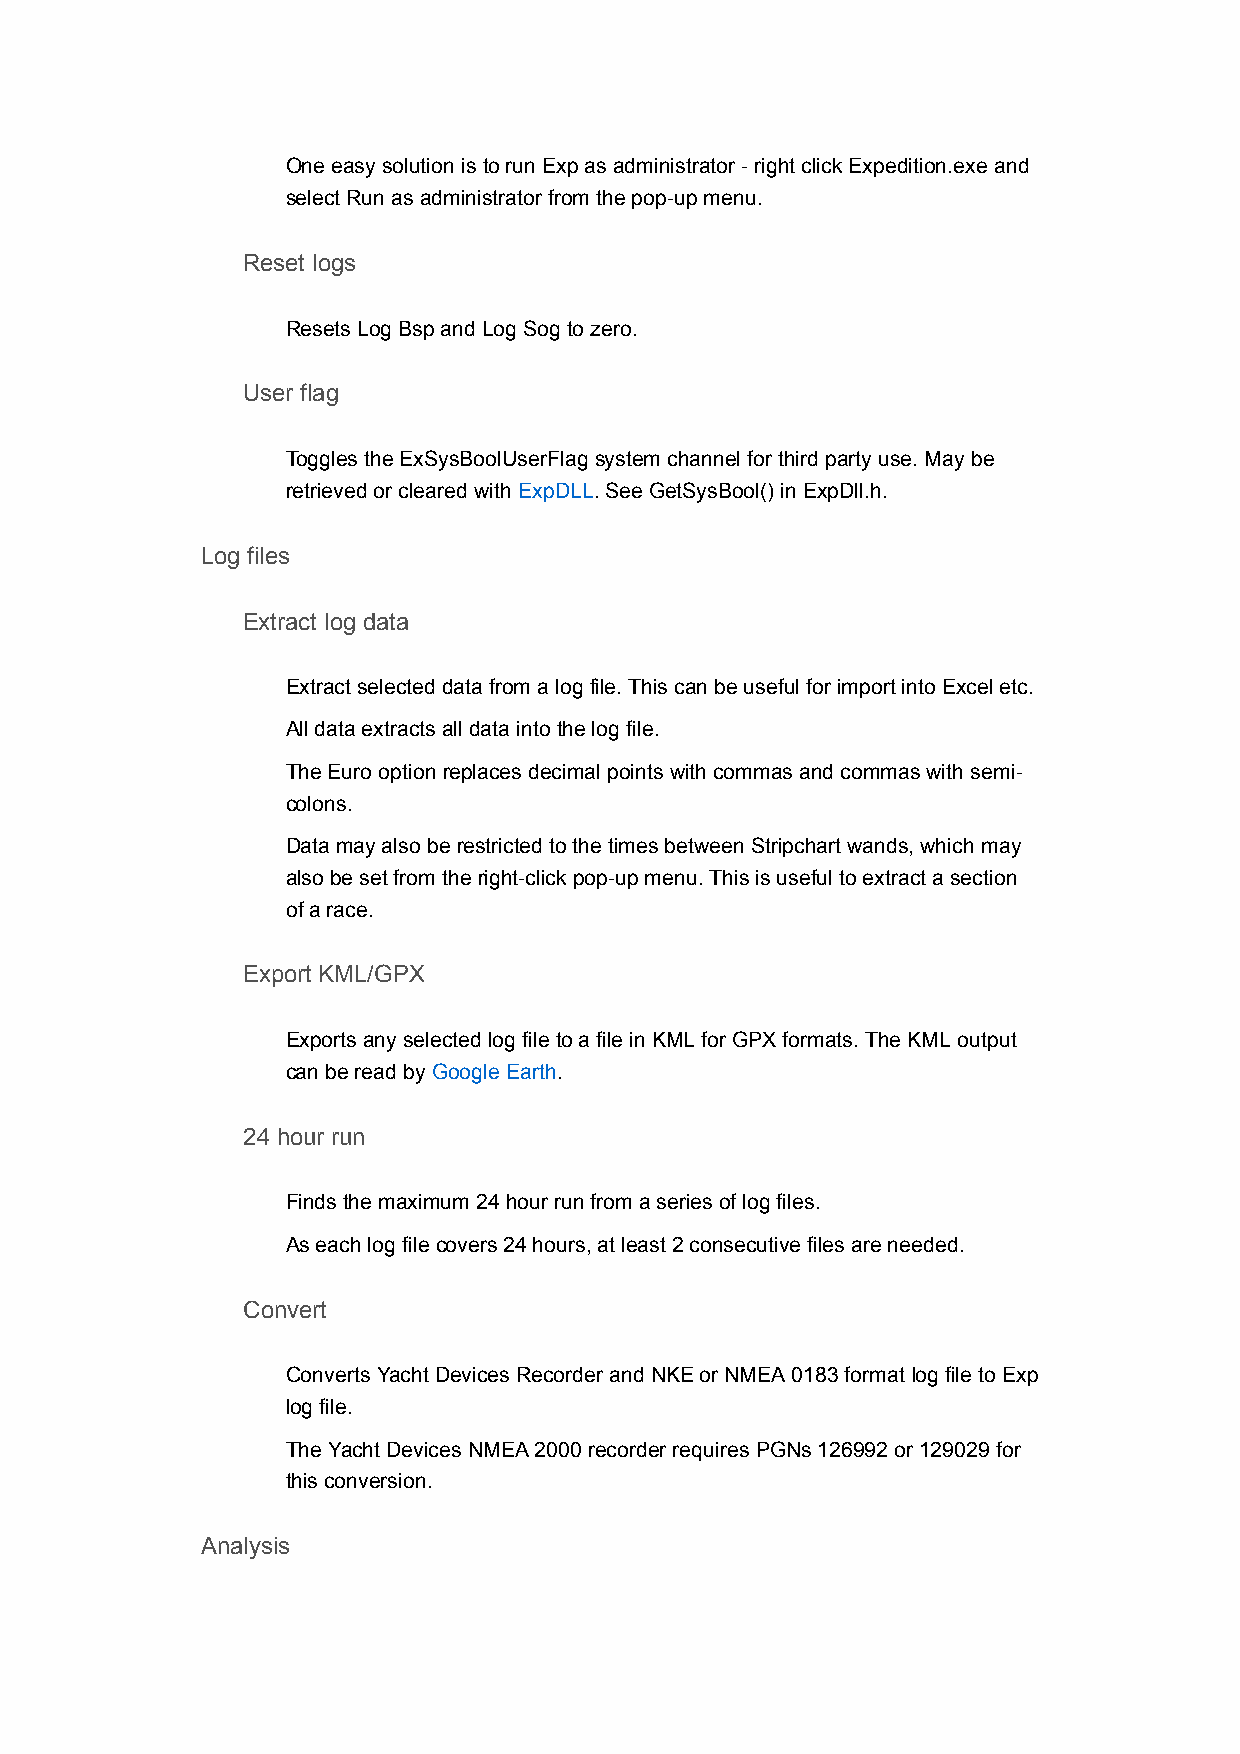
One easy solution is to run Exp as administrator - right click Expedition.exe and
 select Run as administrator from the pop-up menu.
 Reset logs
 Resets Log Bsp and Log Sog to zero.
 User flag
 Toggles the ExSysBoolUserFlag system channel for third party use. May be
 retrieved or cleared with ExpDLL. See GetSysBool() in ExpDll.h.
 Log files
 Extract log data
 Extract selected data from a log file. This can be useful for import into Excel etc.
 All data extracts all data into the log file.
 The Euro option replaces decimal points with commas and commas with semi-
 colons.
 Data may also be restricted to the times between Stripchart wands, which may
 also be set from the right-click pop-up menu. This is useful to extract a section
 of a race.
 Export KML/GPX
 Exports any selected log file to a file in KML for GPX formats. The KML output
 can be read by Google Earth.
 24 hour run
 Finds the maximum 24 hour run from a series of log files.
 As each log file covers 24 hours, at least 2 consecutive files are needed.
 Convert
 Converts Yacht Devices Recorder and NKE or NMEA 0183 format log file to Exp
 log file.
 The Yacht Devices NMEA 2000 recorder requires PGNs 126992 or 129029 for
 this conversion.
 Analysis